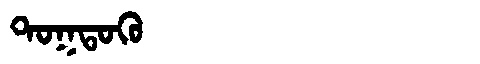
Manchu: ᡨᠣᡴᡨᠣᡴᡠ
Romanization: TOKTOKU